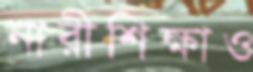
নারীশিক্ষাও